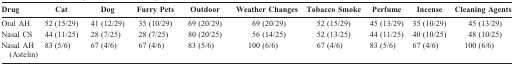
<table><thead><tr><td><b>Drug</b></td><td><b>Cat</b></td><td><b>Dog</b></td><td><b>Furry Pets</b></td><td><b>Outdoor</b></td><td><b>Weather Changes</b></td><td><b>Tobacco Smoke</b></td><td><b>Perfume</b></td><td><b>Incense</b></td><td><b>Cleaning Agents</b></td></tr></thead><tbody><tr><td>Oral AH</td><td>52 (15/29)</td><td>41 (12/29)</td><td>35 (10/29)</td><td>69 (20/29)</td><td>69 (20/29)</td><td>52 (15/29)</td><td>45 (13/29)</td><td>35 (10/29)</td><td>45 (13/29)</td></tr><tr><td>Nasal CS</td><td>44 (11/25)</td><td>28 (7/25)</td><td>28 (7/25)</td><td>80 (20/25)</td><td>56 (14/25)</td><td>52 (13/25)</td><td>44 (11/25)</td><td>40 (10/25)</td><td>48 (10/25)</td></tr><tr><td>Nasal AH (Astelin)</td><td>83 (5/6)</td><td>67 (4/6)</td><td>67 (4/6)</td><td>83 (5/6)</td><td>100 (6/6)</td><td>67 (4/6)</td><td>83 (5/6)</td><td>67 (4/6)</td><td>100 (6/6)</td></tr></tbody></table>